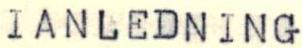
IANLEDNING